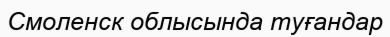
Смоленск облысында туғандар